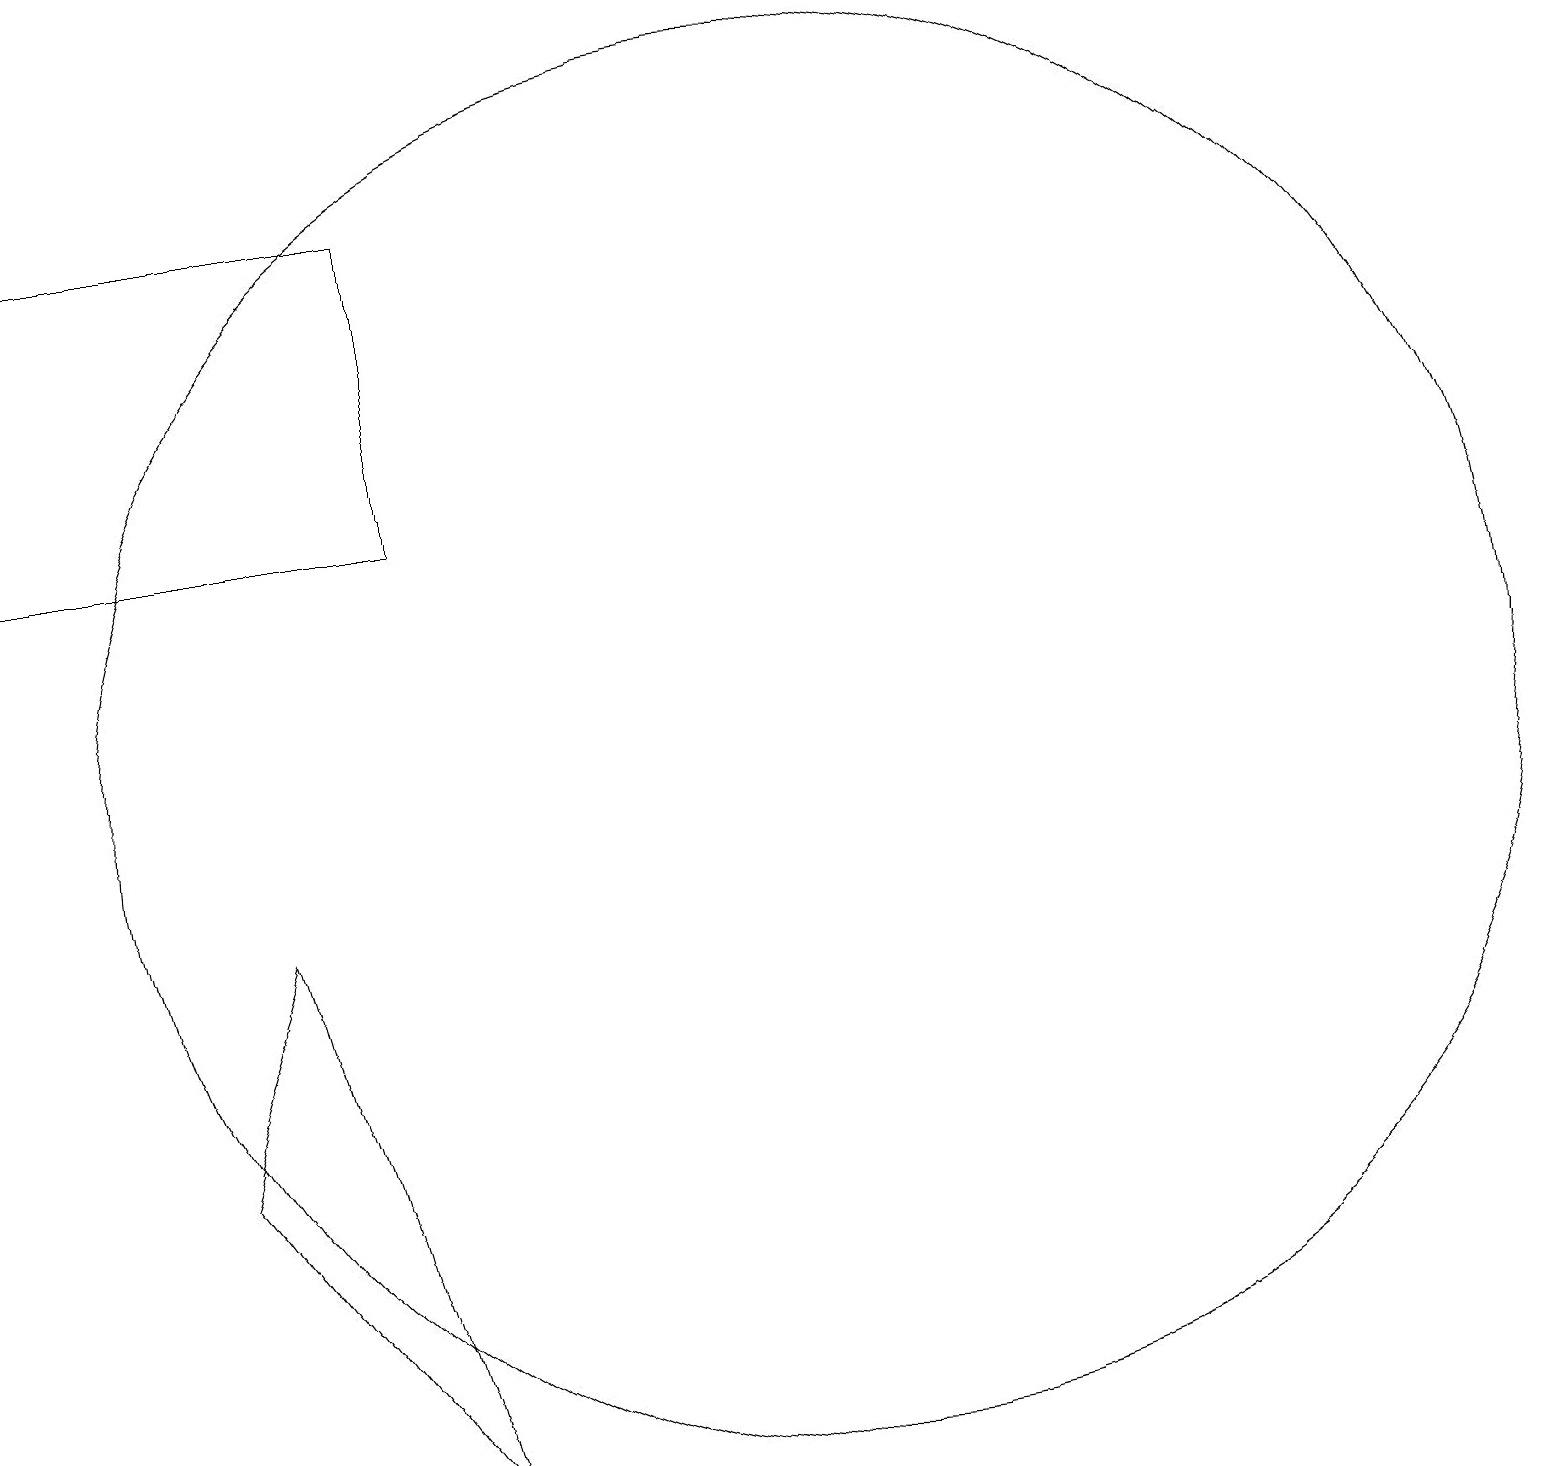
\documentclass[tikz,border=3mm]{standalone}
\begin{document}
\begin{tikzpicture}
\draw (10,11) circle (9);
\draw (5,18) rectangle (0,14);
\draw (2,6) -- (5,2) -- (3,9) -- cycle;
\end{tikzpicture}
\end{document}